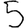
Digit: 5